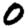
Digit: 0